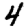
Digit: 4